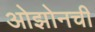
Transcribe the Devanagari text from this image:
ओझोनची